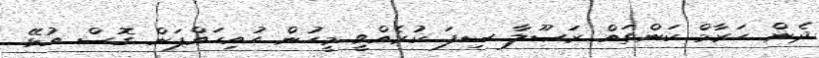
ދެން ޙަރާމް ކަންތައް ރަސޫލާ ސިފަ ކުރެއްވީ މީހުން ހުއިހައްޕަން ގޮސް އުޅޭ